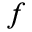
^ f